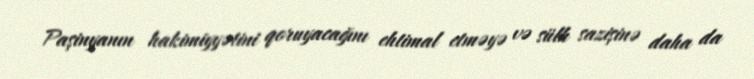
Paşinyanın hakimiyyətini qoruyacağını ehtimal etməyə və sülh sazişinə daha da